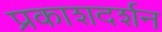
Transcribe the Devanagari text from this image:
प्रकाशदर्शन